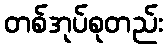
တစ်အုပ်စုတည်း